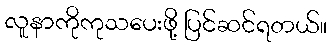
လူနာကိုကုသပေးဖို့ ပြင်ဆင်ရတယ်။